King Institute of Preventive Medicine Micro-Biological Section reports 1909-11
Year: 1909
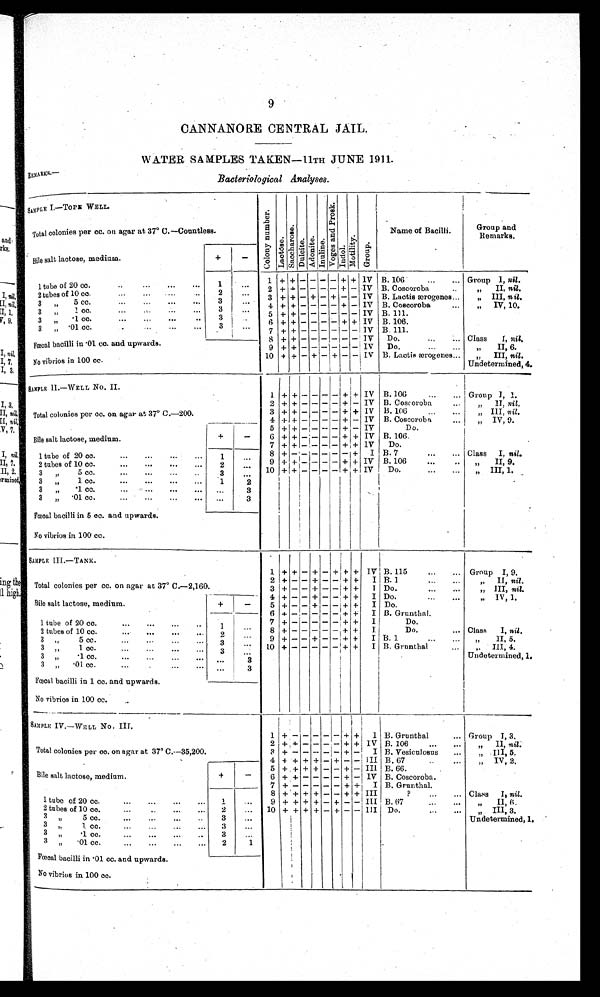
9
CANNANORE CENTRAL JAIL.
WATER SAMPLES TAKEN—11TH JUNE 1911.
REMARKS.—
Bacteriological Analyses.
S A M P L E I . — T O P E W E L L .
C o l o n y n u m b e r .
L a c t o s e .
S a c c h a r o s e .
Dul ci t e.
A d o n i t e .
I n u l i n e
.
V o g e s a n d P r o s k .
I n d o l .
Motility.
G r o u p .
Name of Bacilli.
Group and
Remarks.
Total colonies per cc. on agar at 37° C.—Countless.
Bile salt lactose, medium.
+
-
1 tube of 20 cc.
... ... ... ...
1
. . . 1 + + - - - - + + IV B. 106
...
... Group I, nil.
2 + + - - - - + -
I V B. Coscoroba
..
,,
II, nil.
2 tubes of 10 cc.
...
...
2
. . . 3 + + - + - + - - IV B. Lactis ærogenes...
„ III, nil.
3 „ 5 cc.
...
...
...
...
3
. . . 4 + + - - - - + - IV B. Coscoroba
...
,, IV, 10.
3 „ 1 cc.
3
. . .
5 + + -
- - - - - IV B. 111.
3 „ .1 cc .
...
3
. . . 6 + + - - - - + + IV B. 106.
3 „ .01 cc.
...
... 3
. . .
7 + + -
- - - - - IV B. 111.
Fœcal bacilli in .01 cc, and upwards.
8 + + -
- - - - - IV Do.
...
... Class I, nil.
9 + + - - - - - - IV Do.
...
... ,, II, 6.
No vibrios in 100 cc.
10 + +
- + - + - - IV B. Lactis ærogenes „ III , nil.
Undetermined, 4.
SAMPLE II. —WELL No. II.
1 + + - - - - + + IV B.106
...
... Group I, 1.
2 + + - - - - + - IV B. Coscoroba
..
„ II, nil,
Total colonies per cc. on agar at 37° C.—200.
3 + + - - - - + + IV B. 106.
„ I I I ,
n i l
.
4 + + - - - - + - IV B. Coscoroba.
„ IV, 9.
Bile salt lactose, medium.
+ -
5 + + - - - - + - IV
Do.
6 + + - - - - + + IV B. 106.
7 + + - - - - + +
I V Do.
1 tube of 20 cc.
...
...
1
. . . 8 + - - - - - - + I B. 7
...
... Class I, nil.
2 tubes of 10 cc.
2
. . .
9 + + - - - - ++ IV B. 106
...
.
..
„ II, 9.
3 „ 5 cc.
...
...
...
..
3
. . . 10 + + - - - - + + IV
D o .
. . . „ III, 1.
3 „ 1 cc.
1
. . .
3 „ .1 cc.
...
...
... ...
3
3 „ .01 cc.... . . .
3
Fœcal bacilli in 5 cc. and upwards.
No vibrios in 100 cc.
SAMPLE III.—TANK.
1 + + - + - + + + IV B. 115
...
... Group I, 9.
Total colonies per cc. on agar at 37° C.—2,160.
2 + - - + - - + + I B. 1
...
...
,, II, nil.
3 + - - + - - + + I Do.
...
...
„ III, nil.
Bile salt lactose, medium.
+
-
4 + - - + - - + + I Do.
„ IV, 1.
5 + - - + - - + + I Do.
6 + - - - - - + + I B. Grunthal.
1 tube of 20 cc.
1
. . .
7 + - - - - -
+ + I
Do.
2 tubes of 10 cc.
2 . . .
8 + - - - - - + +
I
Do.
... Class I, nil.
3 „5
cc.
3 . . .
9 + - - + - - + + I B. 1
„ I I , 5 .
3 „ 1 cc.
3
. . . 10 + - - - - - + + I B. Grunthal
...
„ III , 4.
Undetermined, 1.
3 „ .1 cc.
...
...
...
...
. . .
3
3 „ .01 cc.
......
... ...
3
Fœcal bacilli in 1 cc. and upwards.
No vibrios in 100 cc.
..
SAMPLE IV.—WELL No. III.
1 +
-
- - - -
+ + I B. Grunthal
... Group I, 3.
Total colonies per cc. on agar at 37° C.—35,200.
2 + + - - - - + + IV B.106...
„ I I ,
nil.
3 + - - - - - + - I B. Vesiculosus
,, III, 5.
4 + + + + - + - - III B. 67
„ I V , 2 .
Bile salt lactose, medium.
+
-
5 + + + + - - + - III B. 66.
6 + + - - - - + - IV B. Coscoroba.
7 + - - - - - + + I B. Grunthal.
1 tube of 20 cc. ... ... ...
1
. . . . 8 + + + + - - + + III
?
...
... Class I, nil.
9 + + + + - + - - III B. 67
„ I I , 6 .
2 tubes of 10 cc.
...
..
...
...
2
... 10 + + + + - + - -
I I I Do.
...
. . . ,, III, 3.
Undetermined, 1.
3 „ 5 cc.
...
...
...
..
3
...
3 ,, 1 cc.
3
. . .
3 ,, .1 cc.... ... ... ..
3
...
3 „ .01 cc....
...
...
2
1
Fœcal bacilli in .01 cc. and upwards.
No vibrios in 100 cc.